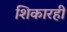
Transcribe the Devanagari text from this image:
शिकारही